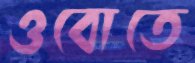
ওবোতে